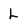
Character: L